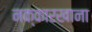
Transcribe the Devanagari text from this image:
नक्कारखाना